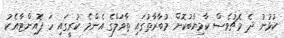
ކުޅުނު ދެ މެޗުވެސް ކާމިޔާބުކޮށް މުބާރާތުގައި ތާވަލްގެ އެންމެ ކުރީގައި ހަ ޕޮއިންޓާއެކު